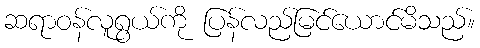
ဆရာဝန်လူရွယ်ကို ပြန်လည်မြင်ယောင်မိသည်။